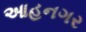
આહનગર